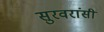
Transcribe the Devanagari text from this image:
सुरवरांसी